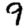
Digit: 9